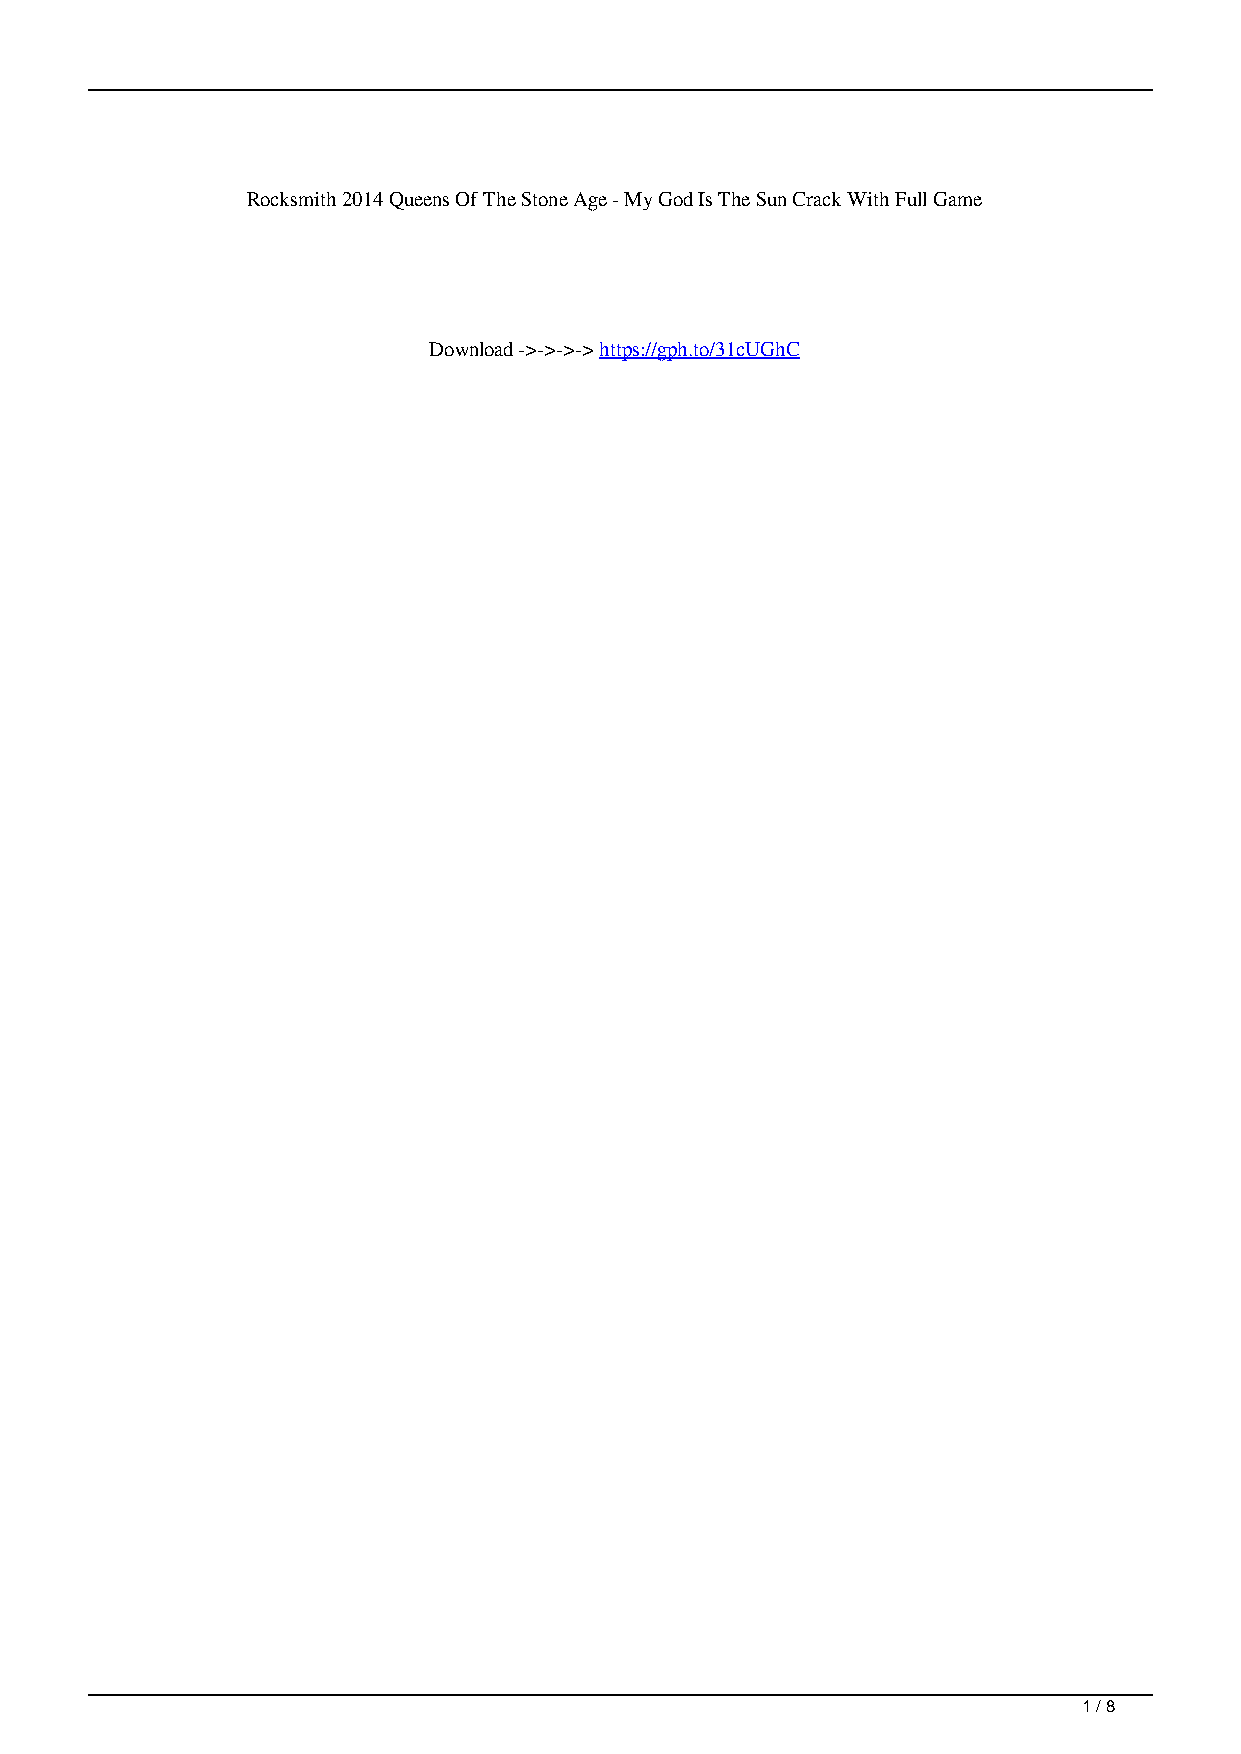
Rocksmith 2014 Queens Of The Stone Age - My God Is The Sun Crack With Full Game
 Download ->->->-> https://gph.to/31cUGhC
 1 / 8